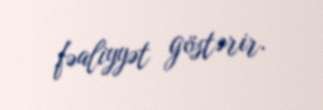
fəaliyyət göstərir.